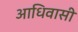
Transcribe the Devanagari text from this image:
आधिवासी